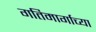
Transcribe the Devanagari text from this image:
गतिमार्गाच्या